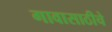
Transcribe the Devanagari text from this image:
गावासाठीचे